Calcutta medical institutions reports 1879-81 [i.e.91]
Year: 1879
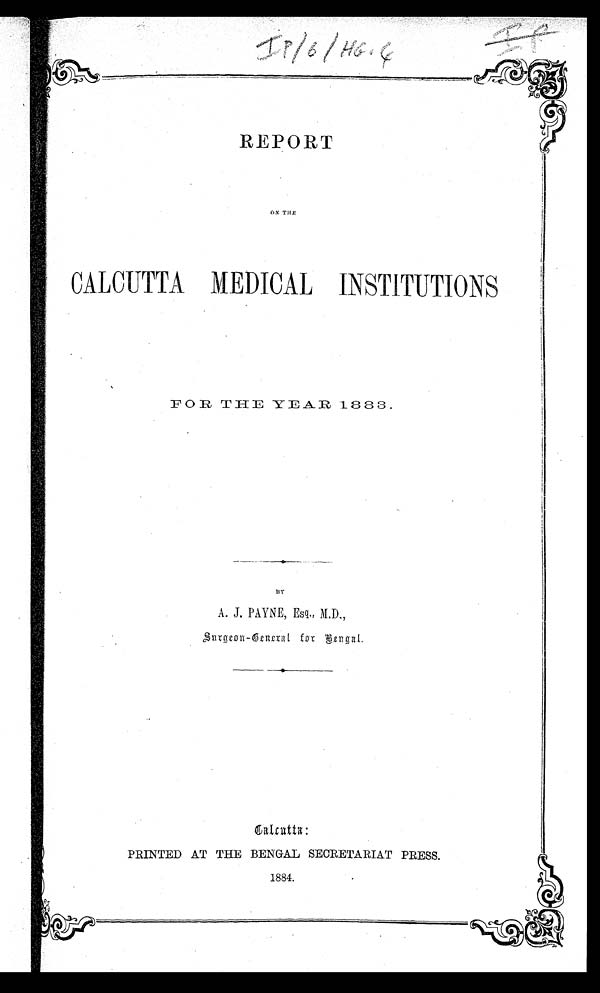
I P
REPORT
CALCUTTA MEDICAL INSTITUTIONS
FOR THE YEAR 1 883.
•
A . J . P A Y N E , E s q . , M . D . ,
S u r g e o n - G e n e r a l f o r B e n g a l .
PRINTED AT THE BENGAL SECRETARIAT PRESS.
1884.